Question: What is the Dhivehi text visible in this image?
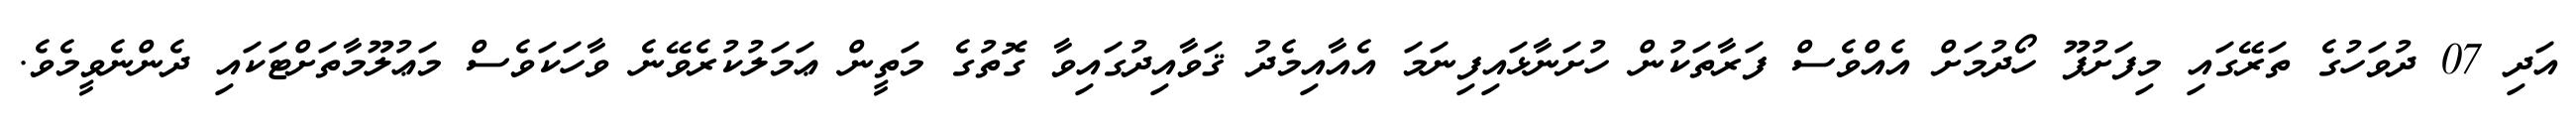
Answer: އަދި 07 ދުވަހުގެ ތަރޭގައި މިފަށުފޫ ހޯދުމަށް އެއްވެސް ފަރާތަކުން ހުށަނާޅައިފިނަމަ އެއާއިމެދު ޤަވާއިދުގައިވާ ގޮތުގެ މަތީން ޢަމަލުކުރެވޭނެ ވާހަކަވެސް މަޢުލޫމާތަށްޓަކައި ދެންނެވީމެވެ.